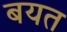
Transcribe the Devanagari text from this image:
बयत